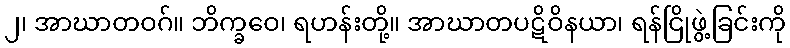
၂၊ အာဃာတဝဂ်။ ဘိက္ခဝေ၊ ရဟန်းတို့။ အာဃာတပဋိဝိနယာ၊ ရန်ငြိုဖွဲ့ခြင်းကို